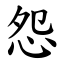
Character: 怨